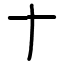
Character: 𬂛